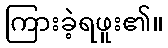
ကြားခဲ့ရဖူး၏။